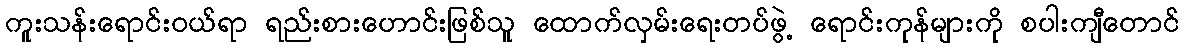
ကူးသန်းရောင်းဝယ်ရာ ရည်းစားဟောင်းဖြစ်သူ ထောက်လှမ်းရေးတပ်ဖွဲ့ ရောင်းကုန်များကို စပါးကျီတောင်